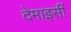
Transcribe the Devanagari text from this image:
देमाइसीं